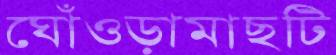
ঘোঁওড়ামাছটি